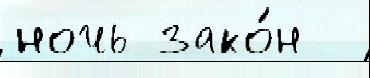
ночь зако́н